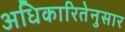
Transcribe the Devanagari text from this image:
अधिकारितेनुसार